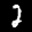
Label: 2